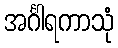
အင်္ဂါရကာသုံ